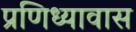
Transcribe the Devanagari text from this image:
प्रणिध्यावास